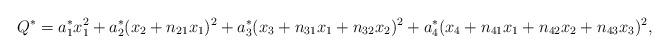
LaTeX: \begin{align*}Q^{*} = a_{1}^{*} x_{1}^{2} + a_{2}^{*} (x_{2} + n_{21} x_{1})^{2}+ a_{3}^{*} (x_{3} + n_{31} x_{1} + n_{32} x_{2})^{2} + a_{4}^{*} (x_{4} + n_{41} x_{1} + n_{42} x_{2} + n_{43} x_{3})^{2},\end{align*}